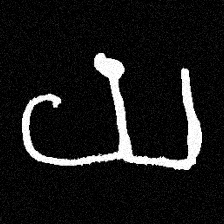
Pyu character \u2014 Myanmar letter: ယ (romanized: ya)